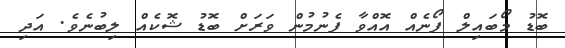
ބޮޑު މޯބައިލް ފޯނެއް އޮއްވާ ފެނުމުން ވަރަށް ބޮޑު ޝޮކެއް ލިބުނެވެ. އަދި